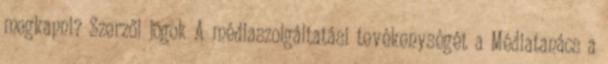
megkapni? Szerzői jogok A médiaszolgáltatási tevékenységét a Médiatanács a